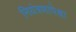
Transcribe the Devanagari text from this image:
नियंत्रणापेक्षा